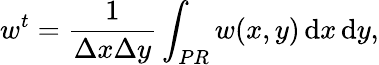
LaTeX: w^{t}=\frac{1}{\Delta x\Delta y}\int_{PR}w(x,y)\, \mathrm{d}x\, \mathrm{d}y,